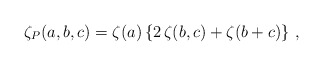
\begin{align*}\zeta_P(a,b,c)=\zeta(a)\left\{2\,\zeta(b,c)+\zeta(b+c)\right\}\,,\end{align*}